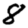
Digit: 8